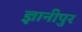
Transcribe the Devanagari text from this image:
ज्ञानीपुर